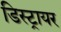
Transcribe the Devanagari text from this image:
डिस्ट्रायर